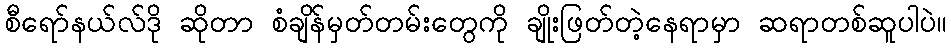
စီရော်နယ်လ်ဒို ဆိုတာ စံချိန်မှတ်တမ်းတွေကို ချိုးဖြတ်တဲ့နေရာမှာ ဆရာတစ်ဆူပါပဲ။